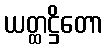
ယတ္ထဋ္ဌိတော